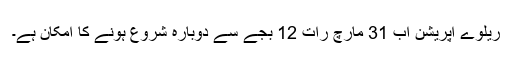
ریلوے آپریشن اب 31 مارچ رات 12 بجے سے دوبارہ شروع ہونے کا امکان ہے۔